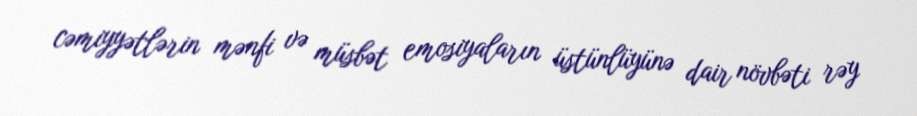
cəmiyyətlərin mənfi və müsbət emosiyaların üstünlüyünə dair növbəti rəy